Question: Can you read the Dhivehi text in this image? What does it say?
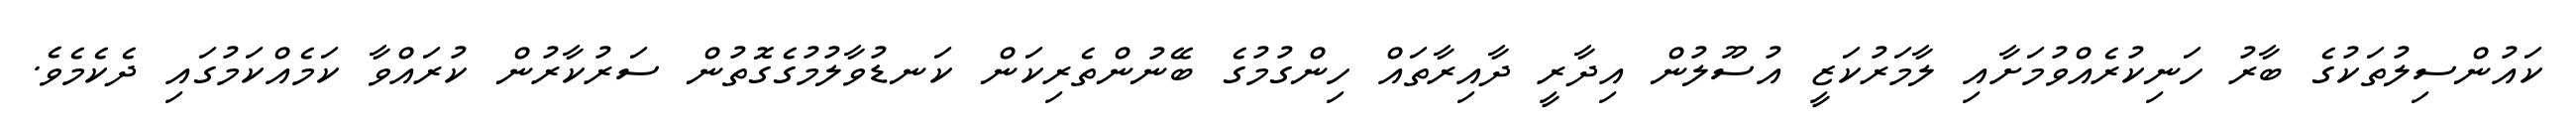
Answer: ކައުންސިލުތަކުގެ ބާރު ހަނިކުރެއްވުމަށާއި ލާމަރުކަޒީ އުސޫލުން އިދާރީ ދާއިރާތައް ހިންގުމުގެ ބޭނުންތެރިކަން ކަނޑުވާލުމުގެގޮތުން ސަރުކާރުން ކުރައްވާ ކަމެއްކަމުގައި ދެކެމެވެ.